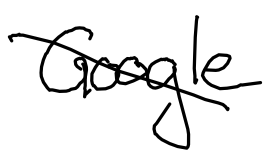
Text: Google
Cross-out: mix
Writing tool: digital_black